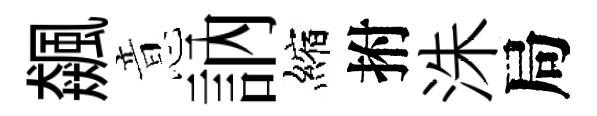
飆意訥縮拊洙局